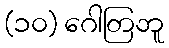
(၁၀) ဂေါတြဘူ